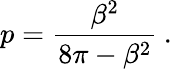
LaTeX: p=\displaystyle\frac{\beta^{2}}{8\pi-\beta^{2}}\: .